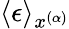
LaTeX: \langle\epsilon\rangle_{x^{(\alpha)}}